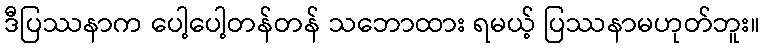
ဒီပြဿနာက ပေါ့ပေါ့တန်တန် သဘောထား ရမယ့် ပြဿနာမဟုတ်ဘူး။